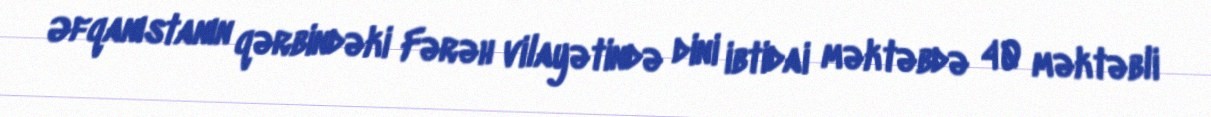
Əfqanıstanın qərbindəki Fərəh vilayətində dini ibtidai məktəbdə 40 məktəbli